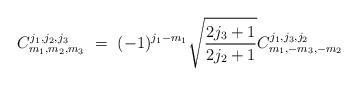
LaTeX: \begin{align*}C_{m_{1},m_{2},m_{3}}^{j_{1},j_{2},j_{3}}\ =\ (-1)^{j_{1}-m_{1}}\sqrt{\frac{2j_{3}+1}{2j_{2}+1}}C_{m_{1},-m_{3},-m_{2}}^{j_{1},j_{3},j_{2}}\ \end{align*}